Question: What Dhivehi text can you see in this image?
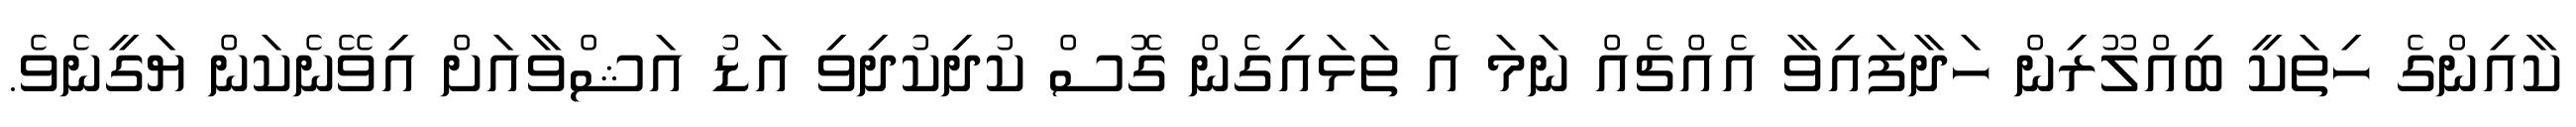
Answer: ކާއިންގެ ހިތަކީ ބިއްލޫރިން ހަދާފައިވާ އެއްޗެއް ނަމަ އެ ތަޅައިގެން ގޮސް ކުދިކުދިވި އަޑު އަޝްވާއަށް އިވޭނެކަން ޔަގީނެވެ.